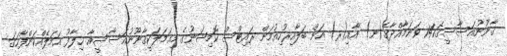
ޤާނޫނުއަސާސީގެ141 ވަނަމާއްދާގެ(ނ) އާއި(ރ) އަށް ބަލާއިރުހިއުމަން ރައިޓްސް ކޮމިޝަނުގެ މިޢަމަލަކީޤާނޫނުއަސާސީއާ ޚިލާފު ޢަމަލެއްކަންފާހަގަ